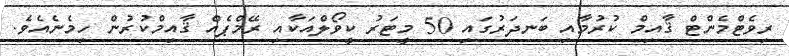
ރިވެޓްމެންޓް ޤާއިމް ކުރުމާއި ބަނދަރުގައި 50 މީޓަރު ކީވޯލްއަކާއި ރޭމްޕެއް ޤާއިމްކުރުން ހިމެނެއެވެ.